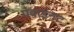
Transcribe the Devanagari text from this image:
पवाइनट